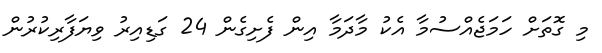
މި ގޮތަށް ހަމަޖެއްސުމާ އެކު މާދަމާ އިން ފެށިގެން 24 ގަޑިއިރު ވިޔަފާރިކުރުން